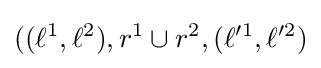
((\ell ^{1},\ell ^{2}),r^{1}\cup r^{2},(\ell ^{\prime 1},\ell ^{\prime 2})